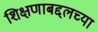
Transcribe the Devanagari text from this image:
शिक्षणाबद्दलच्या